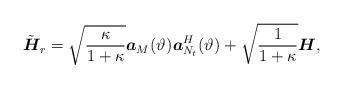
LaTeX: \begin{align*} \Tilde{\boldsymbol{H}}_r=\sqrt{\frac{\kappa}{1+\kappa}}\boldsymbol{a}_{M}(\vartheta^{})\boldsymbol{a}_{N_t}^H(\vartheta^{}) + \sqrt{\frac{1}{1+\kappa}} \boldsymbol{H}^{},\end{align*}